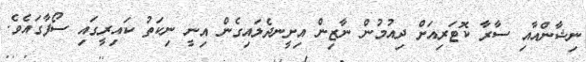
ނިޝާންއާއި ސާރާ ކޮޓަރިއަށް ދިއުމުން ނާޒިން އިށީނދެލައިގެން އިނީ ނިކަތު ކައިރީގައި ސޯފާގައެވެ.